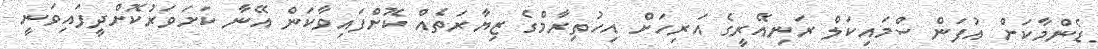
ޑެންމާކަށް އުފަން ސްމައިކަލް ރަނިއޭރީގެ އަރިހަށް އިހުތިރާމްގެ ޒިޔާރަތެއް ކޮށްފައިވާކަން އޭނާ ކަށަވަރުކޮށްދީފައިވަނީ